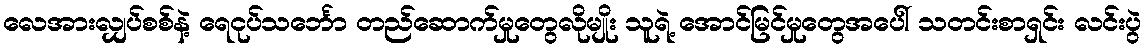
လေအားလျှပ်စစ်နဲ့ ရေငုပ်သင်္ဘော တည်ဆောက်မှုတွေလိုမျိုး သူရဲ့ အောင်မြင်မှုတွေအပေါ် သတင်းစာရှင်း လင်းပွဲ